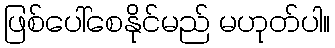
ဖြစ်ပေါ်စေနိုင်မည် မဟုတ်ပါ။